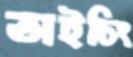
তাইচিং